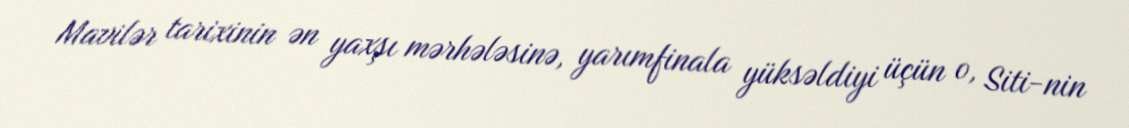
Mavilər tarixinin ən yaxşı mərhələsinə, yarımfinala yüksəldiyi üçün o, Siti-nin